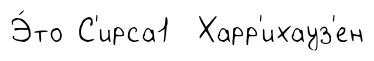
Э́то С'ирса1 Харр'ихауз'ен